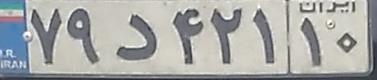
۷۹د۴۲۱۱۰